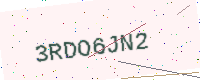
Text: 3RDO6JN2